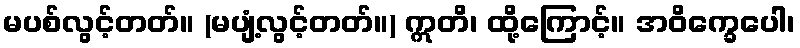
မပစ်လွင့်တတ်။ (မပျံ့လွင့်တတ်။) ဣတိ၊ ထို့ကြောင့်။ အဝိက္ခေပေါ၊